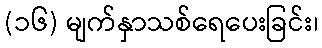
(၁၆) မျက်နှာသစ်ရေပေးခြင်း၊